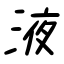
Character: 液